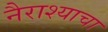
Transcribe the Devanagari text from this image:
नैराश्याचा